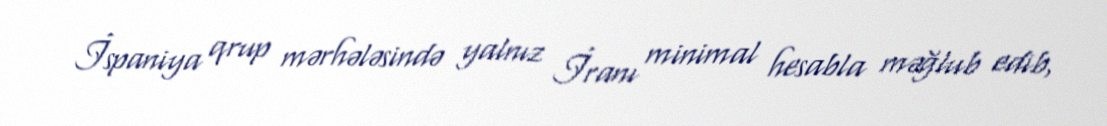
İspaniya qrup mərhələsində yalnız İranı minimal hesabla məğlub edib,